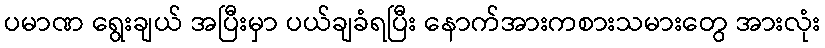
ပမာဏ ရွေးချယ် အပြီးမှာ ပယ်ချခံရပြီး နောက်အားကစားသမားတွေ အားလုံး